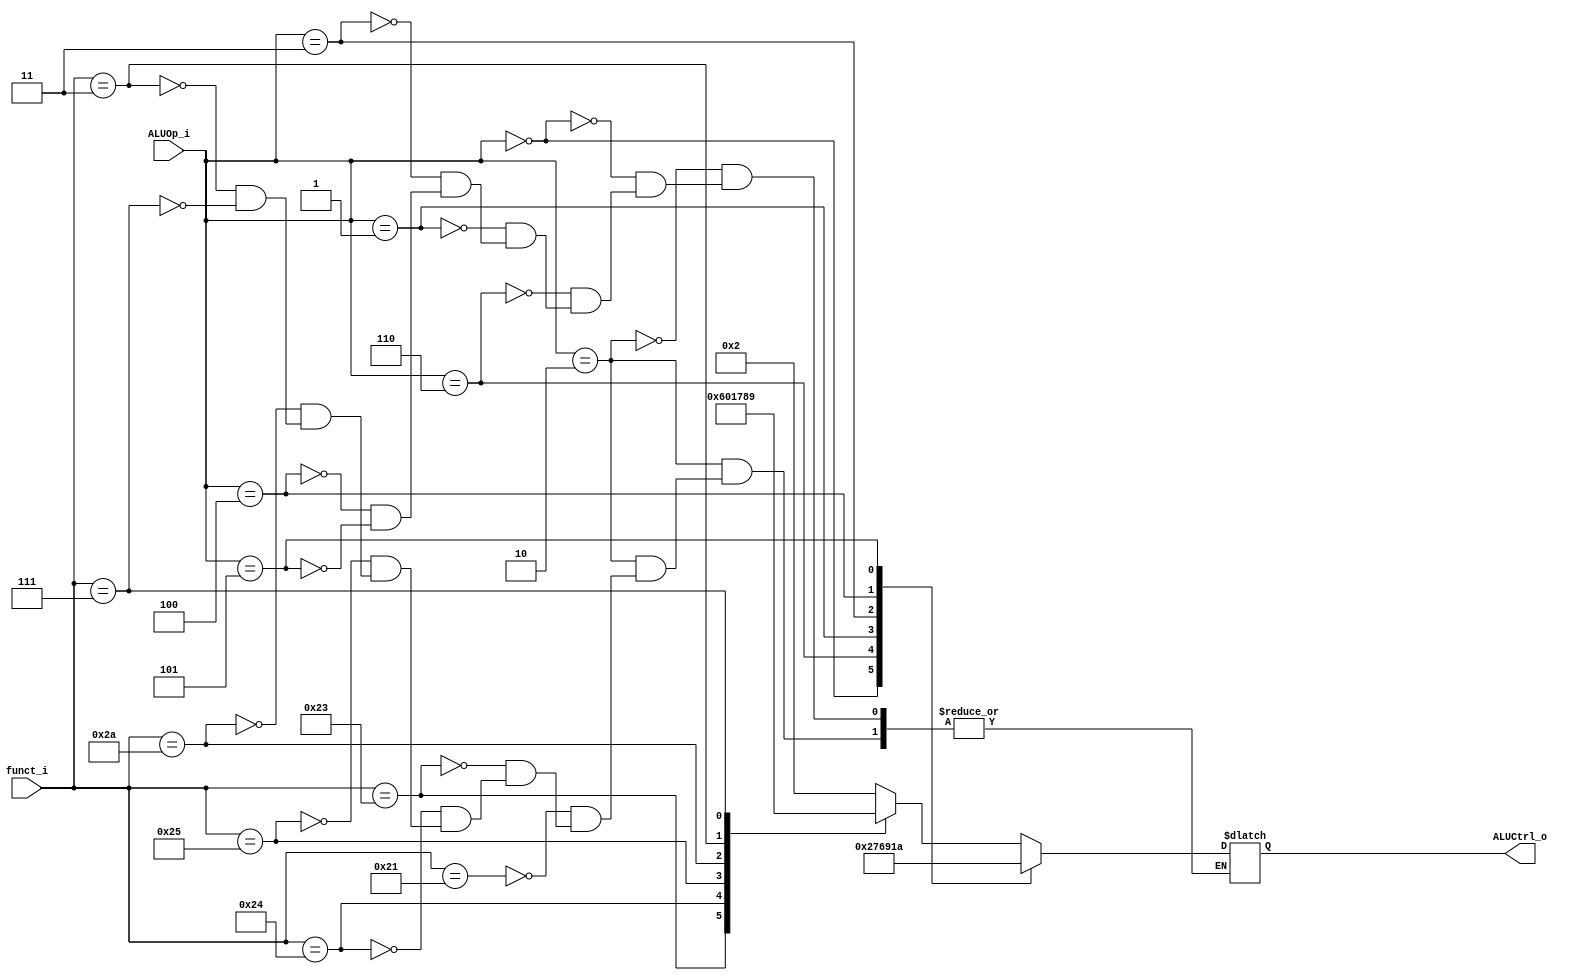

module ALU_Ctrl(
        funct_i,
        ALUOp_i,
        ALUCtrl_o
        );

//I/O ports
input      [6-1:0] funct_i;
input      [3-1:0] ALUOp_i;

output     [4-1:0] ALUCtrl_o;

//Internal Signals
reg        [4-1:0] ALUCtrl_o;

//Select exact operation
always @(*)
begin
    case (ALUOp_i)
        3'b010:         //R-type
            case(funct_i)
                6'b100001: ALUCtrl_o = 4'b0010;         //addu
                6'b100011: ALUCtrl_o = 4'b0110;         //subu
                6'b100100: ALUCtrl_o = 4'b0000;         //and
                6'b100101: ALUCtrl_o = 4'b0001;         //or
                6'b101010: ALUCtrl_o = 4'b0111;         //slt
                6'b000011: ALUCtrl_o = 4'b1000;         //sra
                6'b000111: ALUCtrl_o = 4'b1001;         //srav
            endcase
        3'b000: ALUCtrl_o = 4'b0010;            //addi
        3'b110: ALUCtrl_o = 4'b0111;            //sltiu
        3'b001: ALUCtrl_o = 4'b0110;            //beq
        3'b011: ALUCtrl_o = 4'b1001;            //lui
        3'b100: ALUCtrl_o = 4'b0001;            //ori
        3'b101: ALUCtrl_o = 4'b1010;            //bne
    endcase
end

endmodule